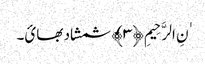
ٰنِ الرَّحِیمِ ﴿٣﴾ شمشاد بھائ۔